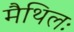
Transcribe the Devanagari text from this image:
मैथिलः